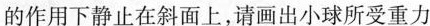
的作用下静止在斜面上，请画出小球所受重力